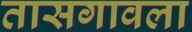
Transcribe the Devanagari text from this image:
तासगावला